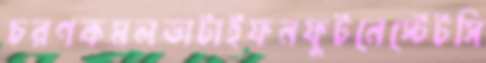
চরণকমলডাটাইফনফুটনেস্টেটসি